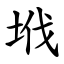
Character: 㘺